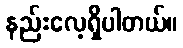
နည်းလေ့ရှိပါတယ်။